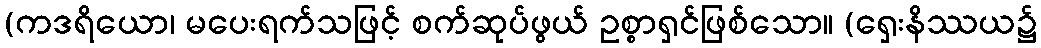
(ကဒရိယော၊ မပေးရက်သဖြင့် စက်ဆုပ်ဖွယ် ဥစ္စာရှင်ဖြစ်သော။ (ရှေးနိဿယ၌